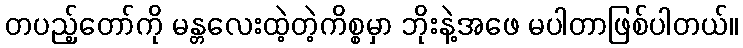
တပည့်တော်ကို မန္တလေးထဲ့တဲ့ကိစ္စမှာ ဘိုးနဲ့အဖေ မပါတာဖြစ်ပါတယ်။